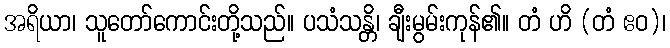
အရိယာ၊ သူတော်ကောင်းတို့သည်။ ပသံသန္တိ၊ ချီးမွမ်းကုန်၏။ တံ ဟိ (တံ ဧဝ)၊